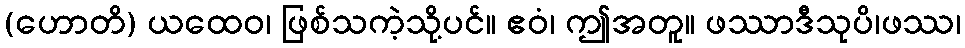
(ဟောတိ) ယထေဝ၊ ဖြစ်သကဲ့သို့ပင်။ ဧဝံ၊ ဤအတူ။ ဖဿာဒီသုပိ၊ဖဿ၊